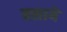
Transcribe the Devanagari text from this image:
बसायॆ